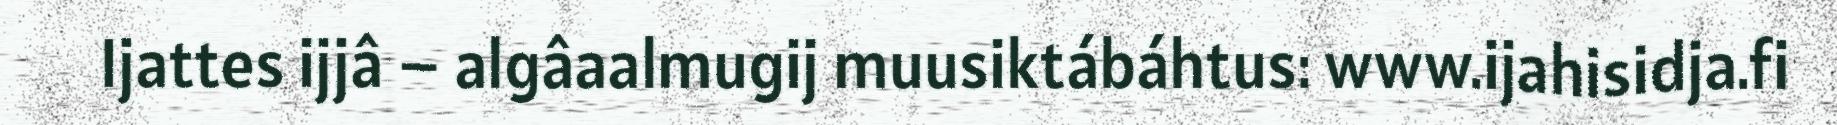
Ijattes ijjâ – algâaalmugij muusiktábáhtus: www.ijahisidja.fi